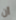
أن